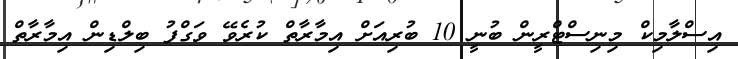
އިސްލާމިކް މިނިސްޓްރީން ބުނީ 10 ބުރިއަށް އިމާރާތް ކުރެވޭ ވަގްފު ބިލްޑިން އިމާރާތް